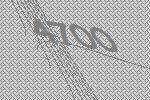
4700